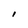
Character: I